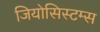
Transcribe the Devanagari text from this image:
जियोसिस्टम्स